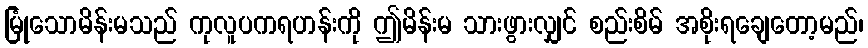
မြုံသောမိန်းမသည် ကုလူပကရဟန်းကို ဤမိန်းမ သားဖွားလျှင် စည်းစိမ် အစိုးရချေတော့မည်၊